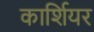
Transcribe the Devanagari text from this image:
कार्शियर